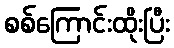
စစ်ကြောင်းထိုးပြီး